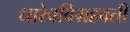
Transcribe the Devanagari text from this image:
धारेवविग्रहवती